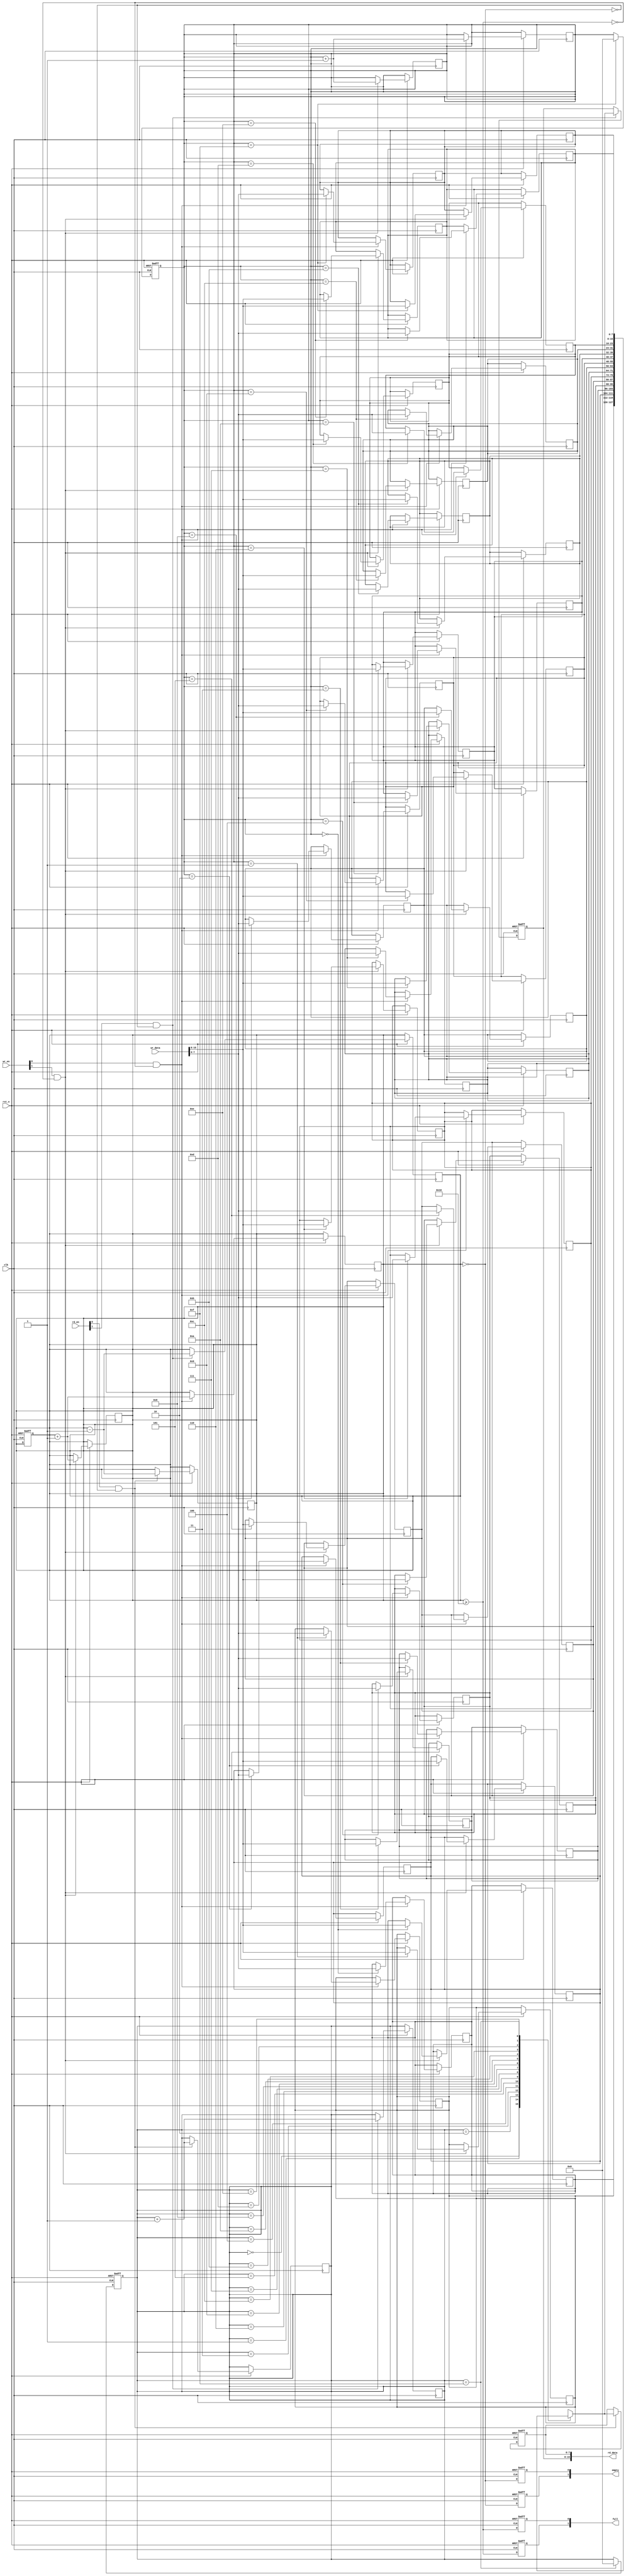
module multiport_fifo #(
    parameter DATA_WIDTH = 8,  // Width of the data
    parameter FIFO_DEPTH = 16,  // Depth of the FIFO
    parameter NUM_READ_PORTS = 2, // Number of read ports
    parameter NUM_WRITE_PORTS = 2 // Number of write ports
)(
    input wire clk,
    input wire rst_n,
    
    // Write ports
    input wire [NUM_WRITE_PORTS-1:0] wr_en, // Write enable for each port
    input wire [NUM_WRITE_PORTS*DATA_WIDTH-1:0] wr_data, // Data to write
    output wire [NUM_WRITE_PORTS-1:0] full, // Full flag for each write port

    // Read ports
    input wire [NUM_READ_PORTS-1:0] rd_en, // Read enable for each port
    output wire [NUM_READ_PORTS*DATA_WIDTH-1:0] rd_data, // Data read from FIFO
    output wire [NUM_READ_PORTS-1:0] empty // Empty flag for each read port
);

    // Memory array
    reg [DATA_WIDTH-1:0] fifo_mem [0:FIFO_DEPTH-1];

    // Pointers
    reg [$clog2(FIFO_DEPTH)-1:0] wr_ptr;
    reg [$clog2(FIFO_DEPTH)-1:0] rd_ptr;
    reg [FIFO_DEPTH:0] count; // Count of items in FIFO

    // Full and empty flags
    wire fifo_full = (count >= FIFO_DEPTH);
    wire fifo_empty = (count == 0);

    // Write logic
    genvar i;
    generate
        for (i = 0; i < NUM_WRITE_PORTS; i = i + 1) begin : write_logic
            always @(posedge clk or negedge rst_n) begin
                if (!rst_n) begin
                    full[i] <= 1'b0;
                end else begin
                    if (wr_en[i] && !fifo_full) begin
                        fifo_mem[wr_ptr] <= wr_data[(i+1)*DATA_WIDTH-1 -: DATA_WIDTH];
                        wr_ptr <= wr_ptr + 1;
                        count <= count + 1;
                    end
                    full[i] <= fifo_full;
                end
            end
        end
    endgenerate

    // Read logic
    generate
        for (i = 0; i < NUM_READ_PORTS; i = i + 1) begin : read_logic
            always @(posedge clk or negedge rst_n) begin
                if (!rst_n) begin
                    empty[i] <= 1'b1;
                    rd_data[(i+1)*DATA_WIDTH-1 -: DATA_WIDTH] <= {DATA_WIDTH{1'b0}};
                end else begin
                    if (rd_en[i] && !fifo_empty) begin
                        rd_data[(i+1)*DATA_WIDTH-1 -: DATA_WIDTH] <= fifo_mem[rd_ptr];
                        rd_ptr <= rd_ptr + 1;
                        count <= count - 1;
                    end
                    empty[i] <= fifo_empty;
                end
            end
        end
    endgenerate

    // Pointer wrap-around
    always @(posedge clk or negedge rst_n) begin
        if (!rst_n) begin
            wr_ptr <= 0;
            rd_ptr <= 0;
            count <= 0;
        end else begin
            if (wr_ptr == FIFO_DEPTH - 1) begin
                wr_ptr <= 0;
            end
            if (rd_ptr == FIFO_DEPTH - 1) begin
                rd_ptr <= 0;
            end
        end
    end

endmodule